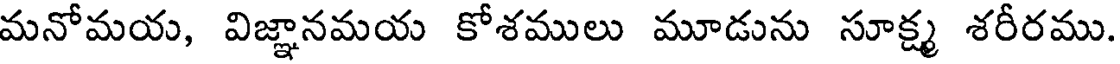
మనోమయ, విజ్ఞానమయ కోశములు మూడును సూక్ష్మ శరీరము.